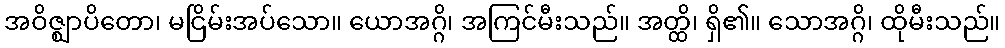
အဝိဇ္ဈာပိတော၊ မငြိမ်းအပ်သော။ ယောအဂ္ဂိ၊ အကြင်မီးသည်။ အတ္ထိ၊ ရှိ၏။ သောအဂ္ဂိ၊ ထိုမီးသည်။